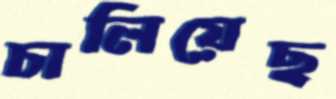
চালিয়েছ